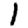
Digit: 1